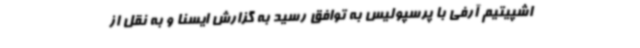
اشپیتیم آرفی با پرسپولیس به توافق رسید به گزارش ایسنا و به نقل از